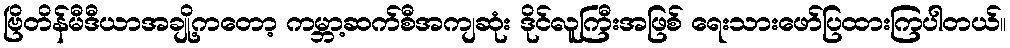
ဗြိတိန်မီဒီယာအချို့ကတော့ ကမ္ဘာ့ဆက်စီအကျဆုံး ဒိုင်လူကြီးအဖြစ် ရေးသားဖော်ပြထားကြပါတယ်။